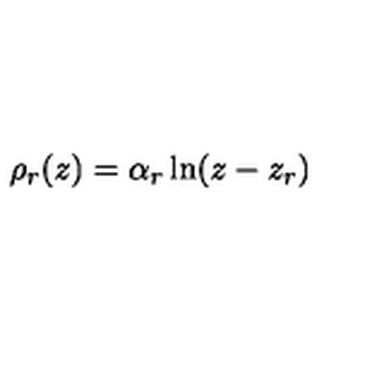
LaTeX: \rho _ { r } ( z ) = \alpha _ { r } \ln ( z - z _ { r } )